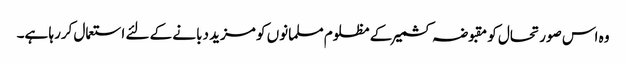
وہ اس صورتحال کو مقبوضہ کشمیر کے مظلوم مسلمانوں کو مزید دبانے کے لئے استعمال کررہا ہے۔